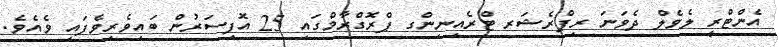
އެންޓްރީ ލެވެލް ދެވަނަ ރިފްރެޝަރ ޓްރެއިނިންގ ޕްރޮގްރާމްގައި 25 އޮފިސަރުން ބައިވެރިވެފައި ވެއެވެ.